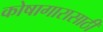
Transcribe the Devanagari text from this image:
कोषागारासाठी